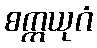
စက္ကယုဂံ